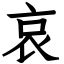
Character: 哀